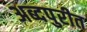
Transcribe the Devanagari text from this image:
अब्दपुरीत